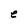
Character: e